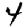
Digit: 4